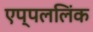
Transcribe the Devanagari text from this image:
एप्पललिंक